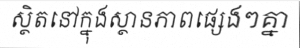
ស្ថិតនៅក្នុងស្ថានភាពផ្សេងៗគ្នា